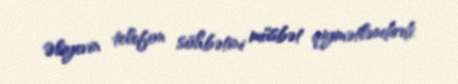
Əliyevin telefon söhbətini müsbət qiymətləndirdi.